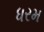
ધરમ